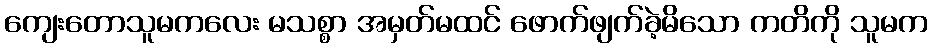
ကျေးတောသူမကလေး မသစ္စာ အမှတ်မထင် ဖောက်ဖျက်ခဲ့မိသော ကတိကို သူမက